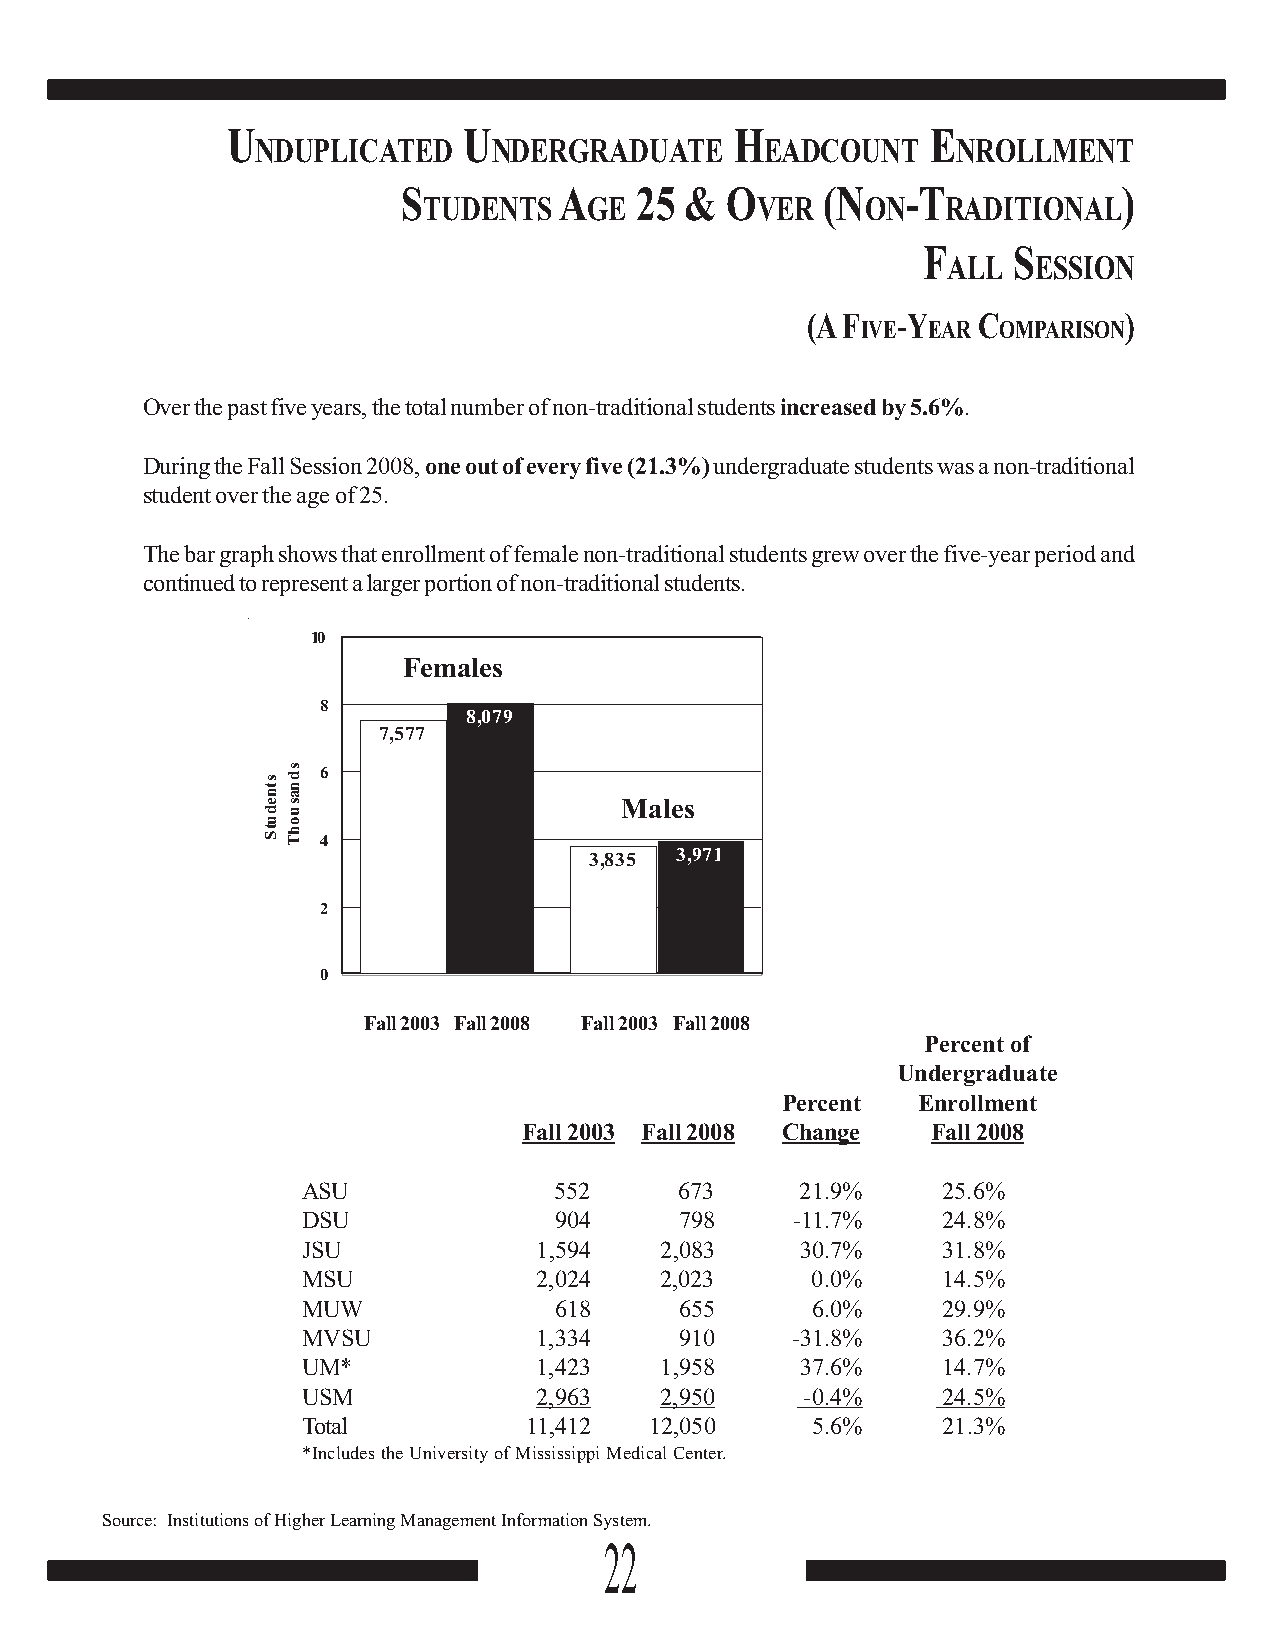
U               U                 H            E
 NDUPLICATED     NDERGRADUATE      EADCOUNT    NROLLMENT
 S         A    25 &  O      (N   -T            )
 TUDENTS    GE         VER    ON    RADITIONAL
 F     S
 ALL   ESSION
 (A F  -Y    C        )
 IVE EAR  OMPARISON
 Over the past five years, the total number of non-traditional students increased by 5.6%.
 During the Fall Session 2008, one out of every five (21.3%) undergraduate students was a non-traditional
 student over the age of 25.
 The bar graph shows that enrollment of female non-traditional students grew over the five-year period and
 continued to represent a larger portion of non-traditional students.
 10
 Females
 8
 8,079
 7,577
 6
 Males
 4
 3,835 3,971
 2
 0
 Fall 2003 Fall 2008 Fall 2003 Fall 2008
 Percent of
 Undergraduate
 Percent  Enrollment
 Fall 2003 Fall 2008 Change Fall 2008
 ASU              552     673     21.9%    25.6%
 DSU              904     798    -11.7%    24.8%
 JSU             1,594   2,083    30.7%    31.8%
 MSU             2,024   2,023     0.0%    14.5%
 MUW              618     655      6.0%    29.9%
 MVSU            1,334    910    -31.8%    36.2%
 UM*             1,423   1,958    37.6%    14.7%
 USM             2,963   2,950    -0.4%    24.5%
 Total          11,412  12,050     5.6%    21.3%
 *Includes the University of Mississippi Medical Center.
 Source: Institutions of Higher Learning Management Information System.
 22
 stnedutS
 sdnasuohT